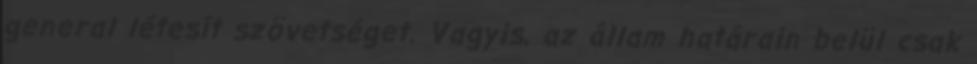
general létesít szövetséget. Vagyis, az állam határain belül csak